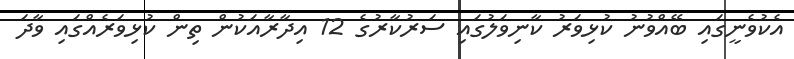
އެކުވެނީގައި ބޭއްވުނު ކުޅިވަރު ކާނިވަލުގައި ސަރުކާރުގެ 12 އިދާރާއަކުން ތިން ކުޅިވަރެއްގައި ވާދަ